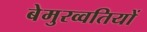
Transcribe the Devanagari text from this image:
बेमुरव्वतियों